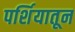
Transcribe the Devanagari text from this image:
पर्शियातून